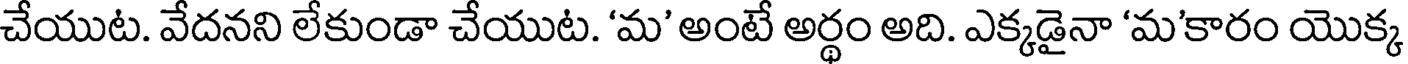
చేయుట. వేదనని లేకుండా చేయుట. 'మ' అంటే అర్థం అది. ఎక్కడైనా 'మ'కారం యొక్క